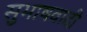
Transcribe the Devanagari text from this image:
सुभाषवादी